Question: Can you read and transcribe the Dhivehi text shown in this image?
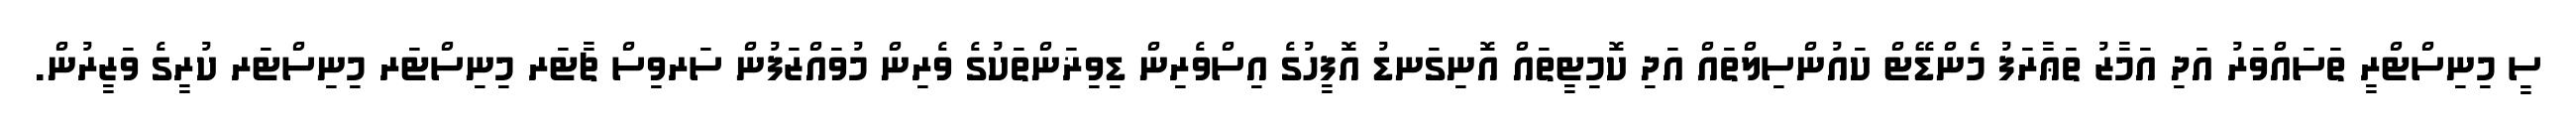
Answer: ސީ މިނިސްޓްރީ ތަސައްވަރު އަދި އަމާޒު ތަޢާރަފު މެންޑޭޓް ކައުންސިލްތައް އަދި ކޮމިޓީތައް އޮނިގަނޑު އޮފީހުގެ އިސްވެރިން ޑިވިޜަންތަކުގެ ވެރިން މުވައްޒަފުން ސަރވިސް ޗާޓަރ މިނިސްޓަރ މިނިސްޓަރ ކުރީގެ ވަޒީރުން.